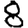
Digit: 8